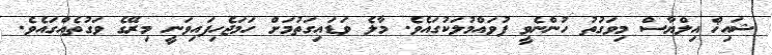
ޝައިޚް އިލްޔާސް މިވަގުތު ހުންނެވީ ފުވައްމުލަކުގައެވެ. މާލެ ވަޑައިގަތުމަށް ހަމަޖެހިފައިވަނީ މިރޭގެ ވަގުތެއްގައެވެ.